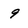
Character: 9